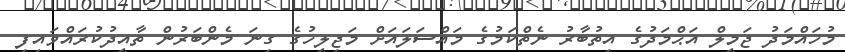
މުހައްމަދު ޖަމީލް އަޙްމަދުގެ އިތުބާރު ނެތްކަމުގެ މައްސަލައަށް މަޖިލީހުގެ ގިނަ މެންބަރުން ތާއީދުކުރައްވައިފި